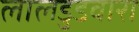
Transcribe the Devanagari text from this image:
लालडुडवारा